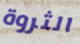
الثروة